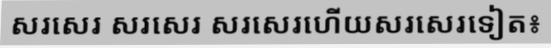
សរសេរ សរសេរ សរសេរហើយសរសេរទៀត៖